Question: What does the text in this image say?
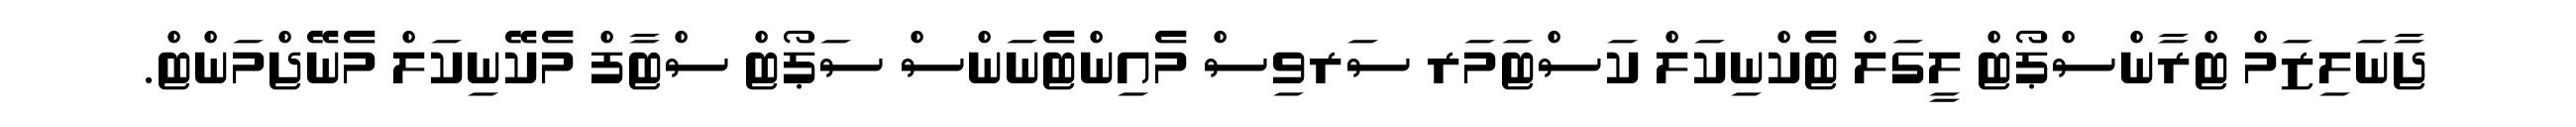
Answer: ޖާނަލިޒަމް ޓްރާންސްޕޯޓް ލީގަލް ޓެކްނިކަލް ކަސްޓަމަރ ސަރވިސް މެއިންޓެނަންސް ސަޕޯޓް ސްޓާފް މެކޭނިކަލް މެނޭޖްމަންޓް.